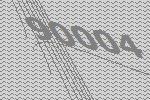
90004